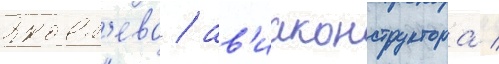
Яковл'ева / ав'иаконструктора /